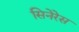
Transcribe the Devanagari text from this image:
सिनेरेस